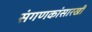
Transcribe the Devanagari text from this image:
संगणकांसारखी